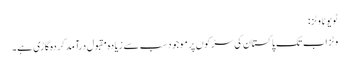
ٹویوٹا وٹز:
وٹز اب تک پاکستان کی سڑکوں پر موجود سب سے زیادہ مقبول درآمد کردہ گاڑی ہے۔